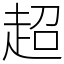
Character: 超